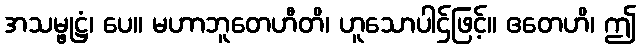
အသမ္ဖုဋ္ဌံ၊ ပေ။ မဟာဘူတေဟီတိ၊ ဟူသောပါဌ်ဖြင့်။ ဧတေဟိ၊ ဤ